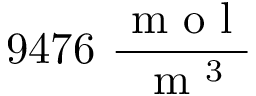
9 4 7 6 \ \frac { \mathrm { ~ m ~ o ~ l ~ } } { \mathrm { ~ m ~ } ^ { 3 } }